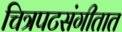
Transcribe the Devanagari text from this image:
चित्रपटसंगीतात